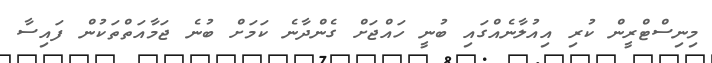
މިނިސްޓްރީން ކުރި އިއުލާނެއްގައި ބުނީ ހައްޖަށް ގެންދާނެ ކަމަށް ބުނެ ޖަމާއަތްތަކުން ފައިސާ